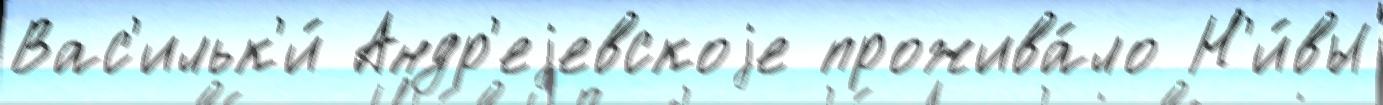
Вас'ильк'и́ Андр'еjевскоjе прожива́ло Н'и́вы